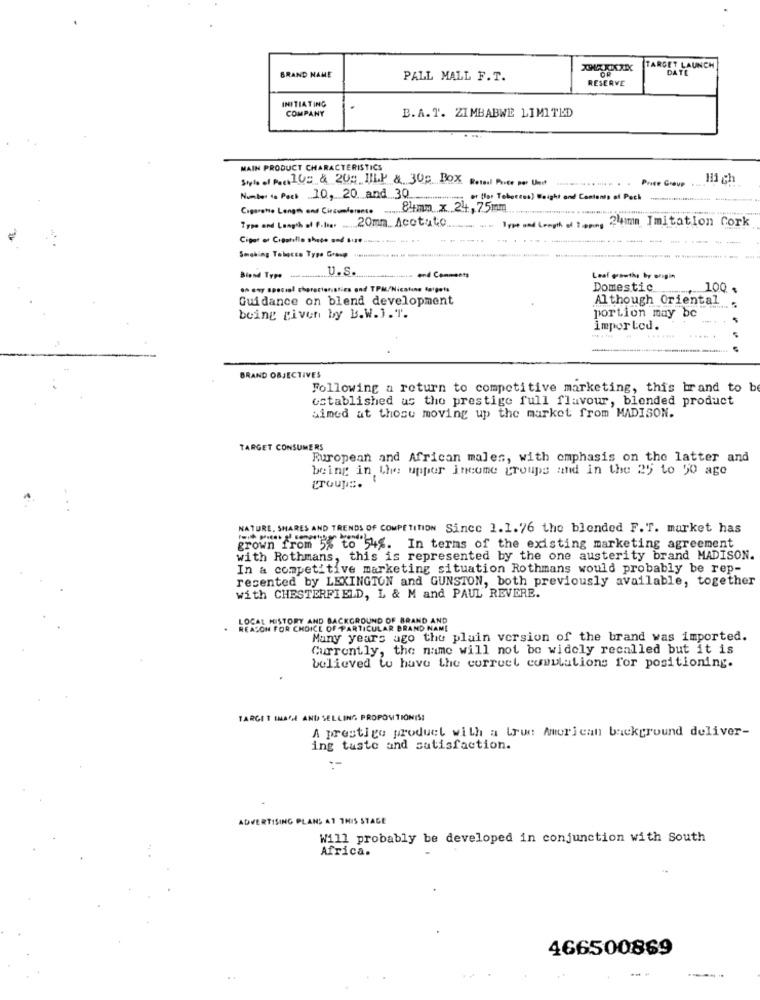
TARGET LAUNCH
DATE
BRAND NAME
PALL MALL F. T.
RESERVE
INITIATING
COMPANY
B. A. T. ZIMBABWE LIMITED
MAIN PRODUCT CHARACTERISTICS
Style of Port 10= & 200 11L.P & 300 BOX Rosael Price per Unit
......... ........ . .
Price Group
H1 ch
Number ta Pers .10, 20. and .30
er (lar Tohocens) Weight and Contents of Pech
Cigarette Length and Circumference
8lımm x .24, 75mm
24mmm Imitation Cork
Type and Length of P.le. ....
20mm .. Acotuto.
Type and Length of 1 oping
--
Smoking Tabacco Type Grasp
U.S.
Biand Type
and Comments
Leal growths by origin
to any special characteristics ond TPM/Nicatune fatgets
Domestic
100 .
Guidance on blend development
Although Oriental
being given by B.W.J. T.
portion may be
importod.
BRAND OBJECTIVES
Following a return to competitive marketing, this brand to be
established us the prestige full flavour, blended product
aimed at those moving up the market from MADISON.
TARGET CONSUMERS
European and African males, with emphasis on the latter and
being in the upper income groups and in the 25 to 50 ago
-
. .
NATURE. SHARES AND TRENDS OF COMPETITION Since 1.1.76 the blended F.T. market has
grown from 5% to 54%. In terms of the existing marketing agreement
with Rothmans, this is represented by the one austerity brand MADISON.
In a competitive marketing situation Rothmans would probably be rep-
recented by LEXINGTON and GUNSTON, both previously available, together
with CHESTERFIELD, L & M and PAUL REVERE.
LOCAL HISTORY AND BACKGROUND OF BRAND AND
REASON FOR CHOICE OF PARTICULAR BRAND NAME
Many years ago the plain version of the brand was imported.
Currently, the name will not be widely recalled but it is
believed to have the correct complutions for positioning.
TARGIT IMAGE AND SELLING PROPOSITIONIS!
A prestige product with a true American background deliver-
ing tuste and satisfaction.
ADVERTISING PLANS AT THIS STAGE
Will probably be developed in conjunction with South
Africa.
466500869